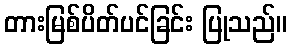
တားမြစ်ပိတ်ပင်ခြင်း ပြုသည်။